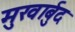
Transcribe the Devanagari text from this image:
मुखार्बुद